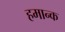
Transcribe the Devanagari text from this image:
हमान्क